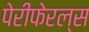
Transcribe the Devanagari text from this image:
पेरीफेरल्स